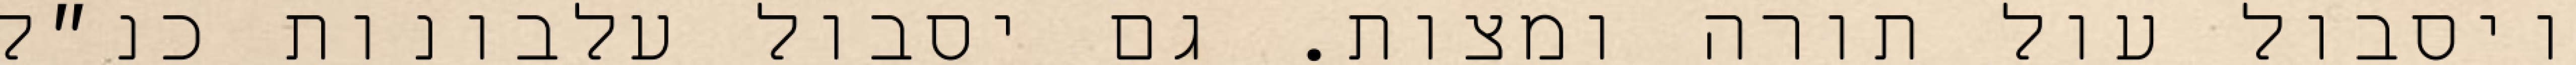
ויסבול עול תורה ומצות. גם יסבול עלבונות כנ״ל